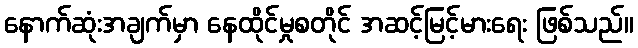
နောက်ဆုံးအချက်မှာ နေထိုင်မှုစတိုင် အဆင့်မြင့်မားရေး ဖြစ်သည်။